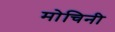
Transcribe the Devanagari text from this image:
मोचिनी